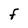
Character: F